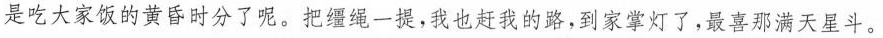
是吃大家饭的黄昏时分了呢。把缰绳一提，我也赶我的路。到家掌灯了，最喜那满天星斗。